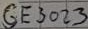
Text: GE3023